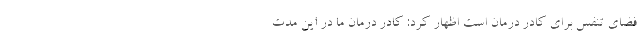
فضای تنفس برای کادر درمان است اظهار کرد: کادر درمان ما در این مدت